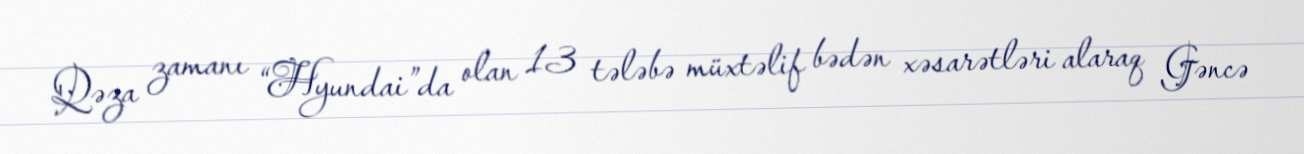
Qəza zamanı “Hyundai”da olan 13 tələbə müxtəlif bədən xəsarətləri alaraq Gəncə